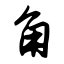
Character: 角